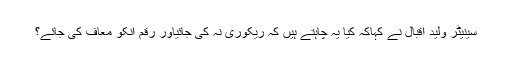
سینیٹر ولید اقبال نے کہاکہ کیا یہ چاہتے ہیں کہ ریکوری نہ کی جائیاور رقم انکو معاف کی جائے؟